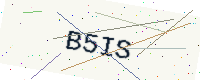
Text: B5IS